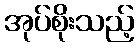
အုပ်စိုးသည့်